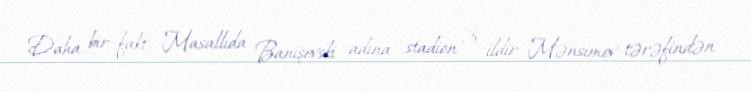
Daha bir fakt: Masallıda Banişevski adına stadion 3 ildir Mənsimov tərəfindən